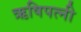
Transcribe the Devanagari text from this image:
ऋषिपत्नी